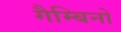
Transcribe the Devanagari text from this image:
गैम्बिनो